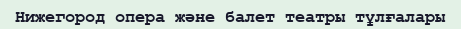
Нижегород опера және балет театры тұлғалары